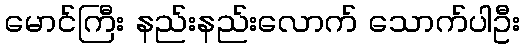
မောင်ကြီး နည်းနည်းလောက် သောက်ပါဦး